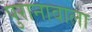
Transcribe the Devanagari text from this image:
पुरानावाला